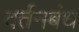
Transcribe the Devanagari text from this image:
वर्तनबंध